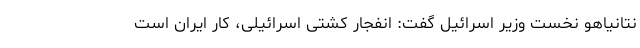
نتانیاهو نخست وزیر اسرائیل گفت: انفجار کشتی اسرائیلی، کار ایران است